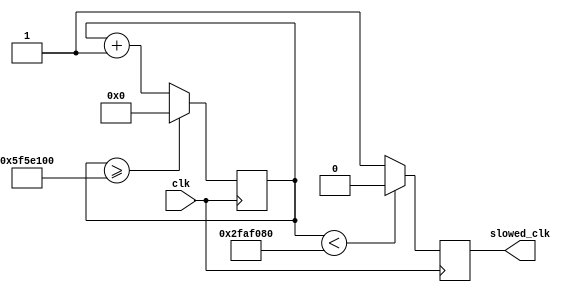
`timescale 1ns / 1ps
//////////////////////////////////////////////////////////////////////////////////
// Company: 
// Engineer: 
// 
// Design Name: 
// Module Name: clkdiv
// Project Name: 
// Target Devices: 
// Tool Versions: 
// Description: 
// 
// Dependencies: 
// 
// Revision:
// Revision 0.01 - File Created
// Additional Comments:
// 
//////////////////////////////////////////////////////////////////////////////////


module clkdiv(clk,slowed_clk);
  input clk;
  output reg slowed_clk;
  reg [27:0] counter = 28'd0;// initialising the counter
  parameter temp = 28'd100000000;// the parameter which will help us to increase the time period of clk
  
  always@(posedge clk)
  begin
  counter <= counter+28'd1;
  if(counter>=temp)
  begin
  counter <= 28'd0;// after counter reaching to temp it will again start from 0
  end
  slowed_clk = (counter<temp/2)?1'b0:1'b1; // some part will be 0 and some other part will be 1. 0 to 49999999 - slowed clk will be 0 and then from 50000000 to 99999999 - slowed clk will be 1
  end
  
endmodule